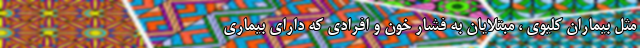
مثل بیماران کلیوی ، مبتلایان به فشار خون و افرادی که دارای بیماری